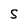
Character: 5